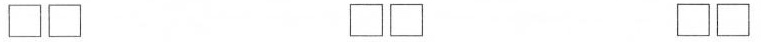
\Box \Box \Box \Box \Box \Box